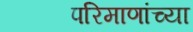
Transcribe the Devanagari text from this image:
परिमाणांच्या